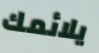
يلائمك